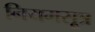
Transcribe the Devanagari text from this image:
नियमसूत्र